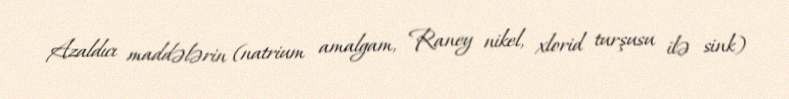
Azaldıcı maddələrin (natrium amalgam, Raney nikel, xlorid turşusu ilə sink)